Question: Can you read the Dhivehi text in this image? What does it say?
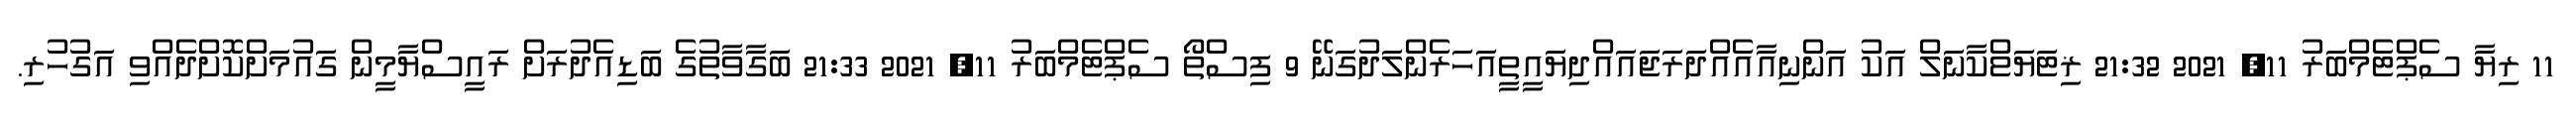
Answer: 11 ރިޔާ ސެޕްޓެމްބަރު 11, 2021 21:32 ޜިޓަޔަޱްކާނަލް އަކު އަންނިއާއެއްދަރަޖައައްދިޔައީތީއަހަރެންލަދުގަނޭ 9 ފިސްތޯ ސެޕްޓެމްބަރު 11, 2021 21:33 ބަގާވާތުގެ ބަޑިއެދުރަށް ރައީސްޔާމީން ގައުމަށްކޮށްދެއްވި އަގުހުރި.